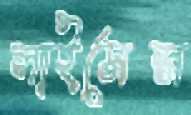
লাইসেন্স